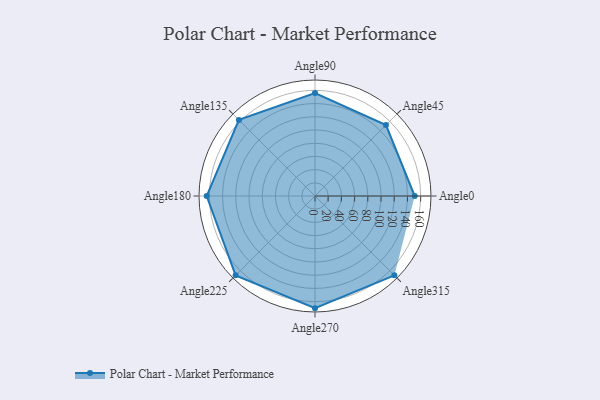
{"axis": {"x": "Angle", "y": "Radius"}, "legend": [""], "data": [{"x": "Angle0", "y": 151.0, "type": ""}, {"x": "Angle45", "y": 152.0, "type": ""}, {"x": "Angle90", "y": 156.0, "type": ""}, {"x": "Angle135", "y": 163.0, "type": ""}, {"x": "Angle180", "y": 164.0, "type": ""}, {"x": "Angle225", "y": 170.0, "type": ""}, {"x": "Angle270", "y": 170, "type": ""}, {"x": "Angle315", "y": 170, "type": ""}]}